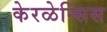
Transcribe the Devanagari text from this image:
केरळेन्सिस